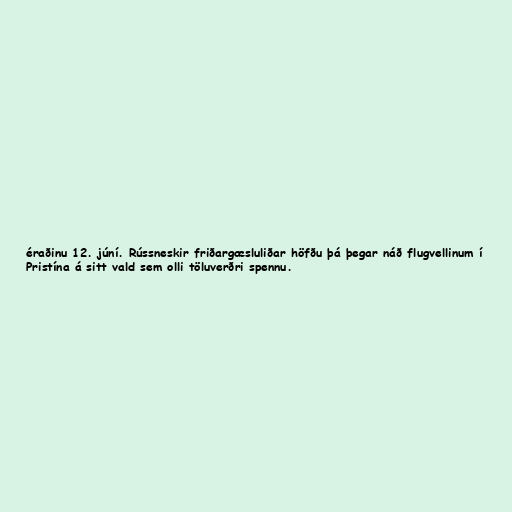
éraðinu 12. júní. Rússneskir friðargæsluliðar höfðu þá þegar náð flugvellinum í
Pristína á sitt vald sem olli töluverðri spennu.